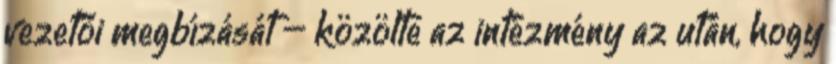
vezetői megbízását – közölte az intézmény az után, hogy